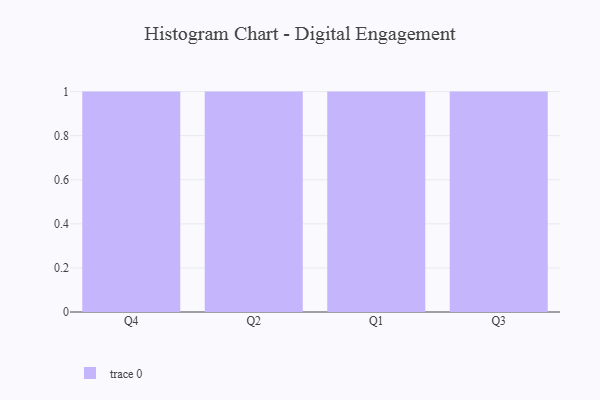
{"axis": {"x": "Quarter", "y": "Net Income (USD K)"}, "legend": [""], "data": [{"x": "Q4", "y": 20, "type": ""}, {"x": "Q2", "y": 96, "type": ""}, {"x": "Q1", "y": 81, "type": ""}, {"x": "Q3", "y": 8, "type": ""}]}